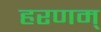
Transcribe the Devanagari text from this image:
हरणम्